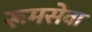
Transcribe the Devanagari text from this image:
रूमसेवा